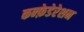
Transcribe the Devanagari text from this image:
कन्फ़ेडेरेशन